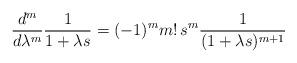
LaTeX: \begin{align*}\frac{d^m}{d \lambda ^m} \frac{1}{1+\lambda s}= (-1)^m m!\, s^m \frac{1}{(1+\lambda s)^{m+1}}\end{align*}